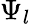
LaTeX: \Psi_{l}